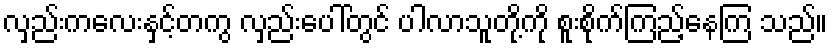
လှည်းကလေးနှင့်တကွ လှည်းပေါ်တွင် ပါလာသူတို့ကို စူးစိုက်ကြည့်နေကြ သည်။